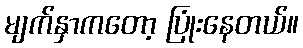
မျက်နှာကတော့ ပြုံးနေတယ်။